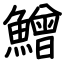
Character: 鱛